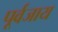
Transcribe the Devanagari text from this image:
पूर्वजाय